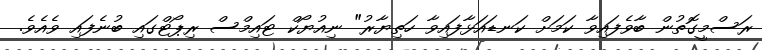
ރަސްމީގޮތުން ބާވެފައިވާ ކަމަށް ކަނޑައަޅާފައިވާ ހަތިޔާރު" ނިއުޔޯކް ޓައިމްސް ރިޕޯޓްގައި ބުނެފައި ވެއެވެ.